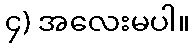
၄) အလေးမပါ။